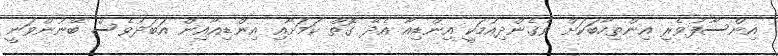
އިންސާފުވެރި އިންތިހާބަކަށް ވެގެންދިއުމަކީ އިންޑިއާ އެދޭ ގޮތް ކަމަށާއި އިންޑިއާއިން އަބަދުވެސް ބޭނުންވަނީ